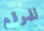
للموقع